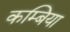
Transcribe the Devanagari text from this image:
कम्बिया